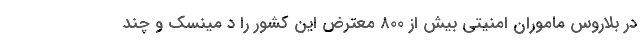
در بلاروس ماموران امنیتی بیش از ۸۰۰ معترض این کشور را د مینسک و چند